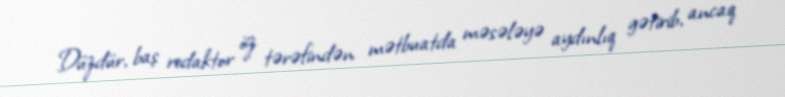
Düzdür, baş redaktor öz tərəfindən mətbuatda məsələyə aydınlıq gətirib, ancaq